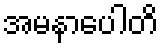
အမနာပေါတိ